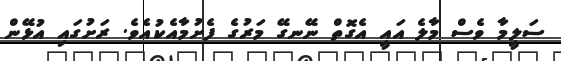
ސަލީމާ ވެސް މާލެ އައީ އެގޮތް ނޭނގޭ މަރުގެ ފެށުމާއެކުއެވެ. ރަށުގައި އުޅޭން